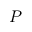
P _ { - }